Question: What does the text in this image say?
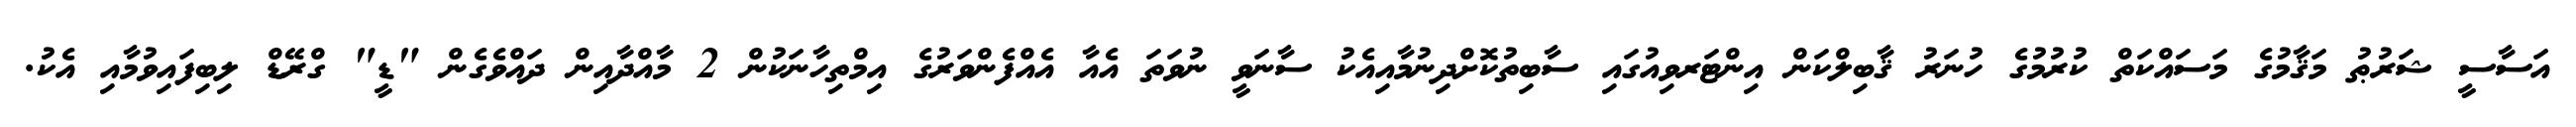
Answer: އަސާސީ ޝަރުޠު މަޤާމުގެ މަސައްކަތް ކުރުމުގެ ހުނަރު ޤާބިލްކަން އިންޓަރވިއުގައި ސާބިތުކޮށްދިނުމާއިއެކު ސާނަވީ ނުވަތަ އެއާ އެއްފެންވަރުގެ އިމްތިހާނަކުން 2 މާއްދާއިން ދައްވެގެން "ޑީ" ގްރޭޑް ލިބިފައިވުމާއި އެކު.